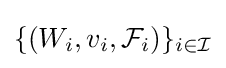
\{\left(W_{i},v_{i},{\mathcal {F}}_{i}\right)\}_{i\in {\mathcal {I}}}